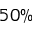
5 0 \%